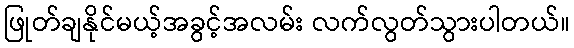
ဖြုတ်ချနိုင်မယ့်အခွင့်အလမ်း လက်လွတ်သွားပါတယ်။